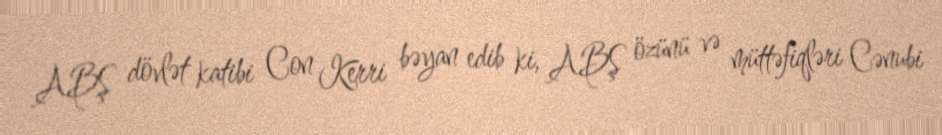
ABŞ dövlət katibi Con Kerri bəyan edib ki, ABŞ özünü və müttəfiqləri Cənubi